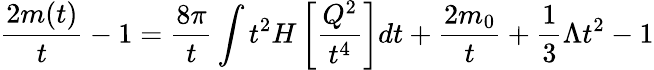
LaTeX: \frac{2m(t)}{t}-1=\frac{8\pi}{t}\int t^{2}H\left[\frac{Q^{2}}{t^{4}}\right]dt+\frac{2m_{0}}{t}+\frac{1}{3}\Lambda t^{2}-1